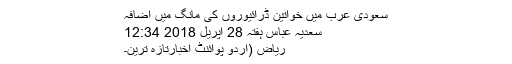
سعودی عرب میں خواتین ڈرائیوروں کی مانگ میں اضافہ
سعدیہ عباس ہفتہ 28 اپریل 2018 12:34
ریاض (اُردو پوائنٹ اخبارتازہ ترین۔